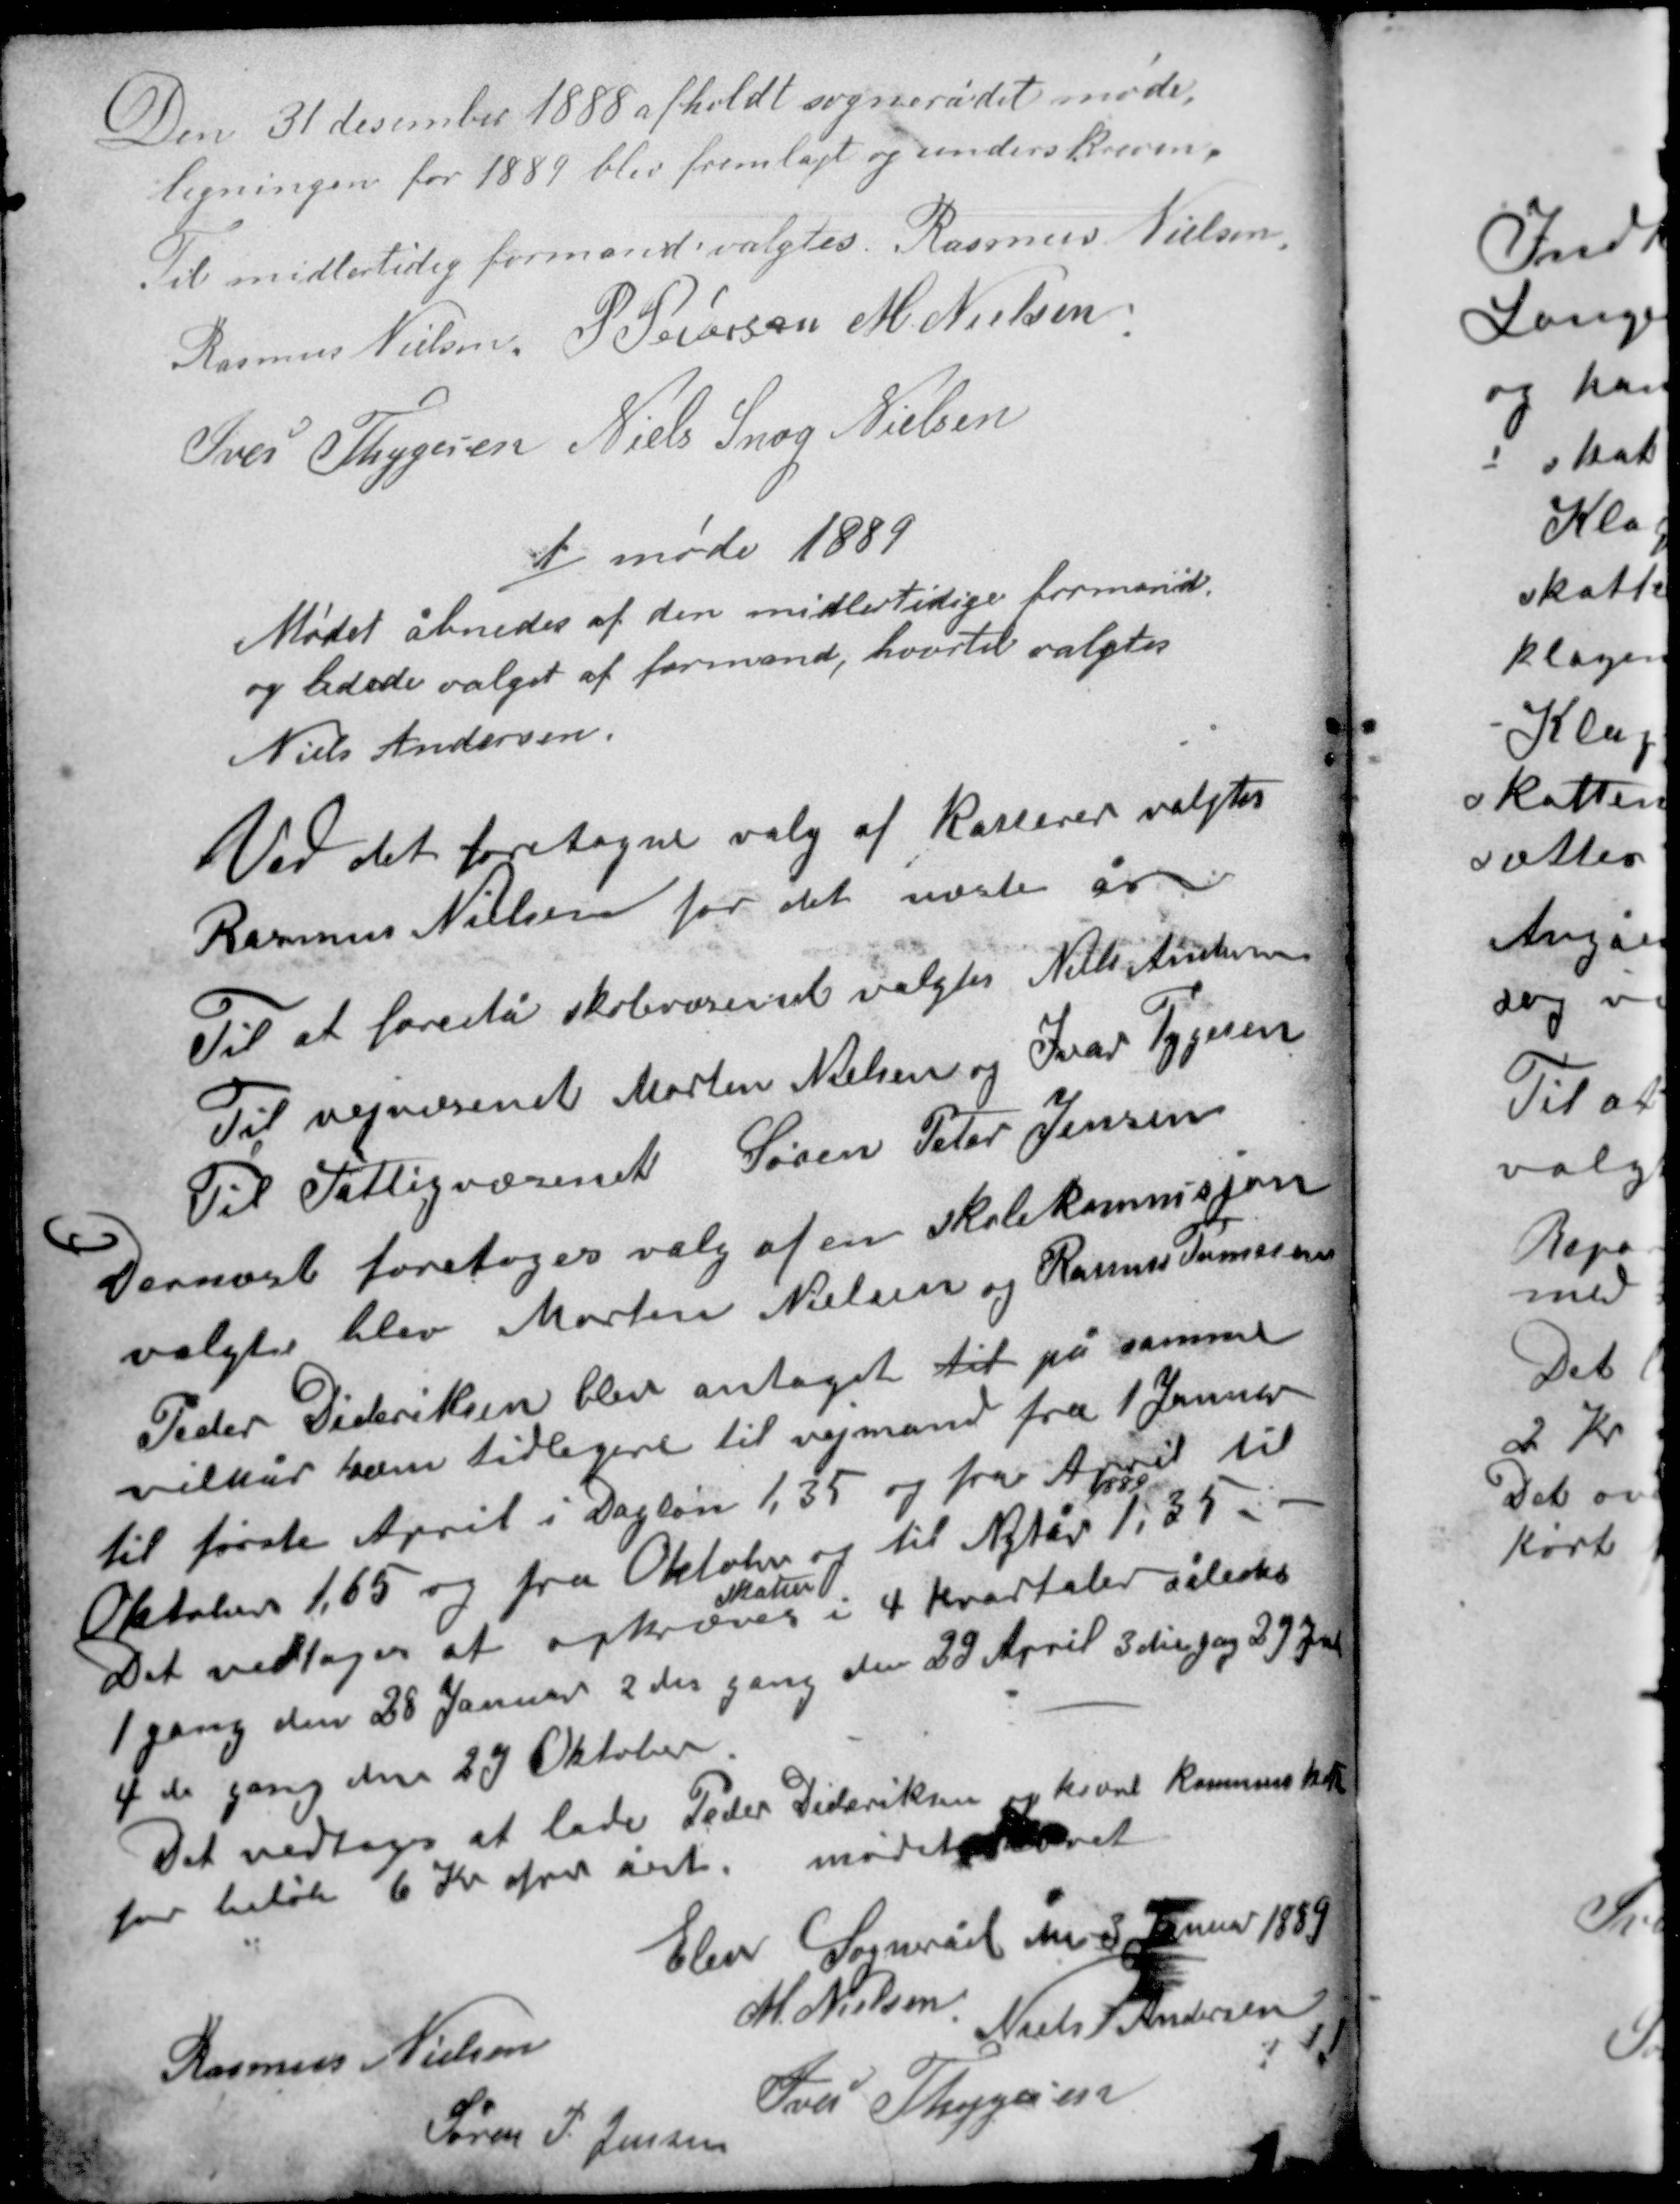
Transskription:
Den 31 december 1888 afholdt sognerådet møde,
ligningen for 1889 fremlagt og underskreven.
Til midlertidig formand valgtes Rasmus Nielsen

Rasmus Nielsen P. Pedersen M. Nielsen
Iver Thygesen Niels Snog Nielsen

1 møde 1889
Mødet åbnedes af den midlertidige formand
og ledede valget af formand, hvortil valgtes
Niels Andersen.

Ved det foretagne valg af kasserer valgtes
Rasmus Nielsen for det næste år.
Til at forestå skolevæsenet valgtes Niels Andersen.
Til vejvæsenet Morten Nielsen og Ivar Tygesen.
Til Fattigvæsenet Søren Peter Jensen

Dernæst foretoges valg af en skolekommisjon
valgte blev Morten Nielsen og Rasmus Tomessen
Peder Dideriksen blev antaget til på samme
vilkår som tidligere til vejmand fra 1 Januar
til første April i Dagløn 1,35 og fra April til
1889
Oktober 1,65 og fra Oktober og til Nytår 1,35 -
skatter
Det vedtoges at opkræve i 4 kvartaler således
1 gang den 28 Januar 2den gang den 29 April 3die gang 27 Juli
4de gang den 27 Oktober.
Det vedtoges at lade Peder Dideriksen opkræve kommuneskat
for beløb 6 Kr for året. mødet ophævet.

Elev Sogneråd den 3 Januar 1889
M. Nielsen
Niels Andersen
Rasmus Nielsen
Iver Thygesen
Søren P. Jensen